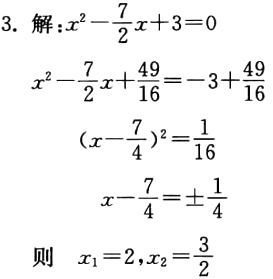
```
3. 解：\(x^{2}-\frac{7}{2}x + 3 = 0\)
\(x^{2}-\frac{7}{2}x+\frac{49}{16}=-3+\frac{49}{16}\)
\((x - \frac{7}{4})^{2}=\frac{1}{16}\)
\(x-\frac{7}{4}=\pm\frac{1}{4}\)

则 \(x_{1}=2,x_{2}=\frac{3}{2}\)
```